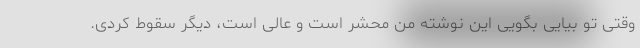
وقتی تو بیایی بگویی این نوشته من محشر است و عالی است، دیگر سقوط کردی.